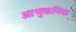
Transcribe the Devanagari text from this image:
आधुकनिक